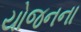
યોજનના